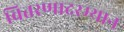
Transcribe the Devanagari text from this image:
वितरणादरम्यान